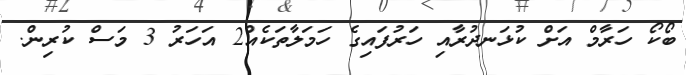
ބޯކޯ ހަރާމް އަށް ކުޅަނދުރާއި ހަރުފައިގެ ހަމަލާތަކެއް2 އަހަރު 3 މަސް ކުރިން.